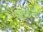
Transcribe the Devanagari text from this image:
पराकर्मी